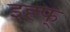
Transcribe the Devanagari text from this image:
इह्फ्